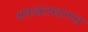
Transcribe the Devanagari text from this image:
अफझलखानास